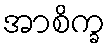
အာစိက္ခ